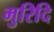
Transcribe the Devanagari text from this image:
मुरिदि